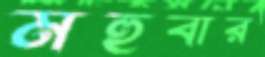
মহুবার